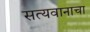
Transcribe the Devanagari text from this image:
सत्यवानाचा